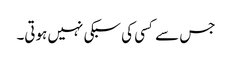
جس سے کسی کی سبکی نہیں ہوتی۔